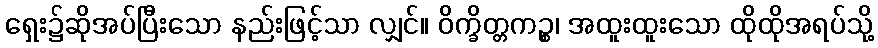
ရှေး၌ဆိုအပ်ပြီးသော နည်းဖြင့်သာ လျှင်။ ဝိက္ခိတ္တကဉ္စ၊ အထူးထူးသော ထိုထိုအရပ်သို့